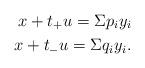
LaTeX: \begin{align*}x + t_+u = \Sigma p_i y_i\\x + t_-u = \Sigma q_i y_i.\end{align*}